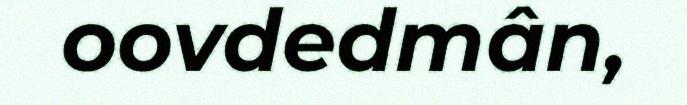
oovdedmân,